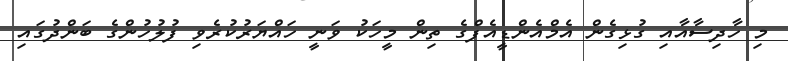
މި ހާދިސާއާއި ގުޅިގެން އެމްއެންޑީއެފްގެ ތިން މީހަކު ވަނީ ހައްޔަރުކުރެވި ފުލުހުންގެ ބަންދުގައި